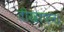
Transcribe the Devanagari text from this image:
तीखापन।